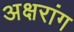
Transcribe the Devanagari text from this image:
अक्षरांग